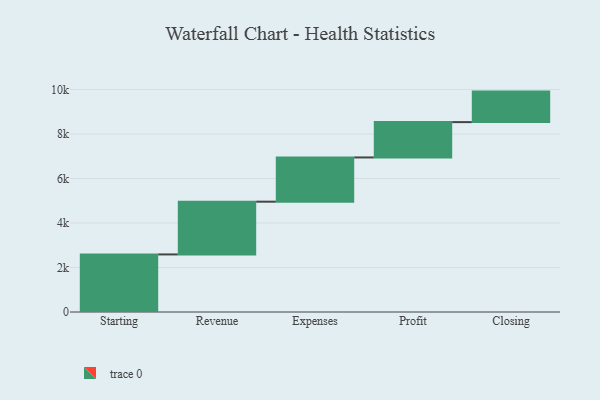
{"axis": {"x": "Step", "y": "Value"}, "legend": [""], "data": [{"x": "Starting", "y": 2588.0, "type": ""}, {"x": "Revenue", "y": 2371.0, "type": ""}, {"x": "Expenses", "y": 1988.0, "type": ""}, {"x": "Profit", "y": 1588.0, "type": ""}, {"x": "Closing", "y": 1372.0, "type": ""}]}